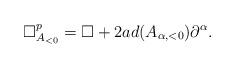
LaTeX: \begin{align*}\Box^p_{A_{<0}} = \Box + 2 ad(A_{\alpha,<0}) \partial^\alpha.\end{align*}